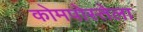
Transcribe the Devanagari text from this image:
कोमपोस्तेला